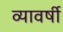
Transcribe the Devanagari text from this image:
व्यावर्षी